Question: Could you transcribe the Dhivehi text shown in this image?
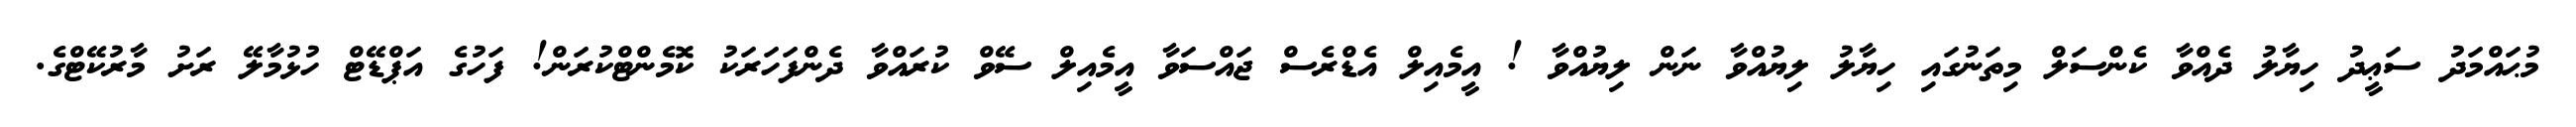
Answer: މުޙައްމަދު ސަޢީދު ހިޔާލު ދެއްވާ ކެންސަލް މިތަނުގައި ހިޔާލު ލިޔުއްވާ ނަން ލިޔުއްވާ ! އީމެއިލް އެޑްރެސް ޖައްސަވާ އީމެއިލް ސޭވް ކުރައްވާ ދެންފަހަރަކު ކޮމެންޓްކުރަން! ފަހުގެ އަޕްޑޭޓް ހުޅުމާލޭ ރަށު މާރުކޭޓްގެ.